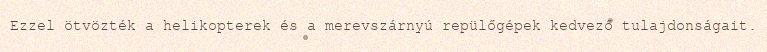
Ezzel ötvözték a helikopterek és a merevszárnyú repülőgépek kedvező tulajdonságait.